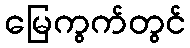
မြေကွက်တွင်